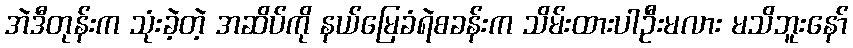
အဲဒီတုန်းက သုံးခဲ့တဲ့ အဆိပ်ကို နယ်မြေခံရဲစခန်းက သိမ်းထားပါဦးမလား မသိဘူးနော်